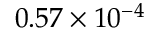
0 . 5 7 \times 1 0 ^ { - 4 }